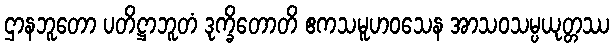
ဌာနဘူတော ပတိဋ္ဌာဘူတံ ဒုက္ခိတောတိ ဧကသမူဟဝသေန အာသဝသမ္ပယုတ္တဿ